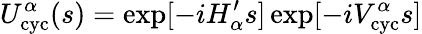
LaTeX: U_{\mathrm{cyc}}^{\alpha}(s)=\exp[-iH_{\alpha}^{\prime}s]\exp[-iV_{\mathrm{cyc}}^{\alpha}s]